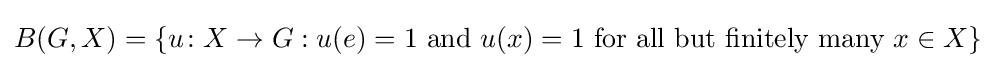
B(G,X)=\{u\colon X\to G:u(e)=1{\text{ and }}u(x)=1{\text{ for all but finitely many }}x\in X\}